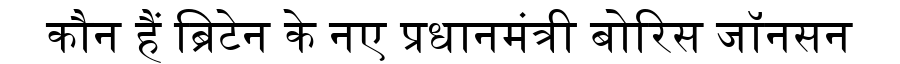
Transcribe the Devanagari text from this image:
कौन हैं ब्रिटेन के नए प्रधानमंत्री बोरिस जॉनसन